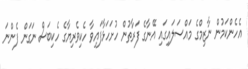
އެހެންކަމުން ނާޒިމްގެ މައްސަލައިގައި އޭނާގެ ފަރާތުން ހުށަހަޅާފައިވާ ހެކިވެރިޔާގެ ހެކިބަސް ނަގަން ފެންނަ